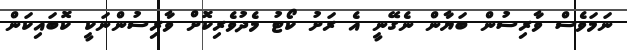
ނަމަވެސް ވާރިސުން ބަޔާން ނެގޭނީ އެ ރަށު ކޯޓު މެދުވެރިކޮށް ވާރިސުންނަކީ ކޮބައިކަން